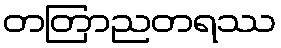
တတြာညတရဿ